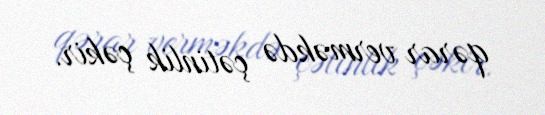
qərar verməkdə çətinlik çəkir.